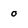
Character: 0